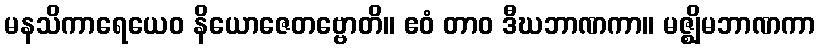
မနသိကာရေယေဝ နိယောဇေတဗ္ဗောတိ။ ဧဝံ တာဝ ဒီဃဘာဏကာ။ မဇ္ဈိမဘာဏကာ